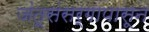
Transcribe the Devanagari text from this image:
जंतूसंसर्गापासून